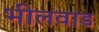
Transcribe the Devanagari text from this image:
भीलवाड